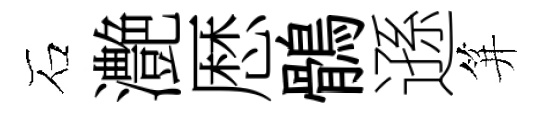
石灔厯鶻遜笄